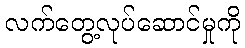
လက်တွေ့လုပ်ဆောင်မှုကို